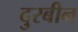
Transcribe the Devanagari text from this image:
दुरबीन